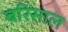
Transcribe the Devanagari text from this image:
बरिसाल